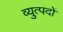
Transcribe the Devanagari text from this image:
व्युत्पदों